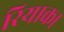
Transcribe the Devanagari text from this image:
रियाका